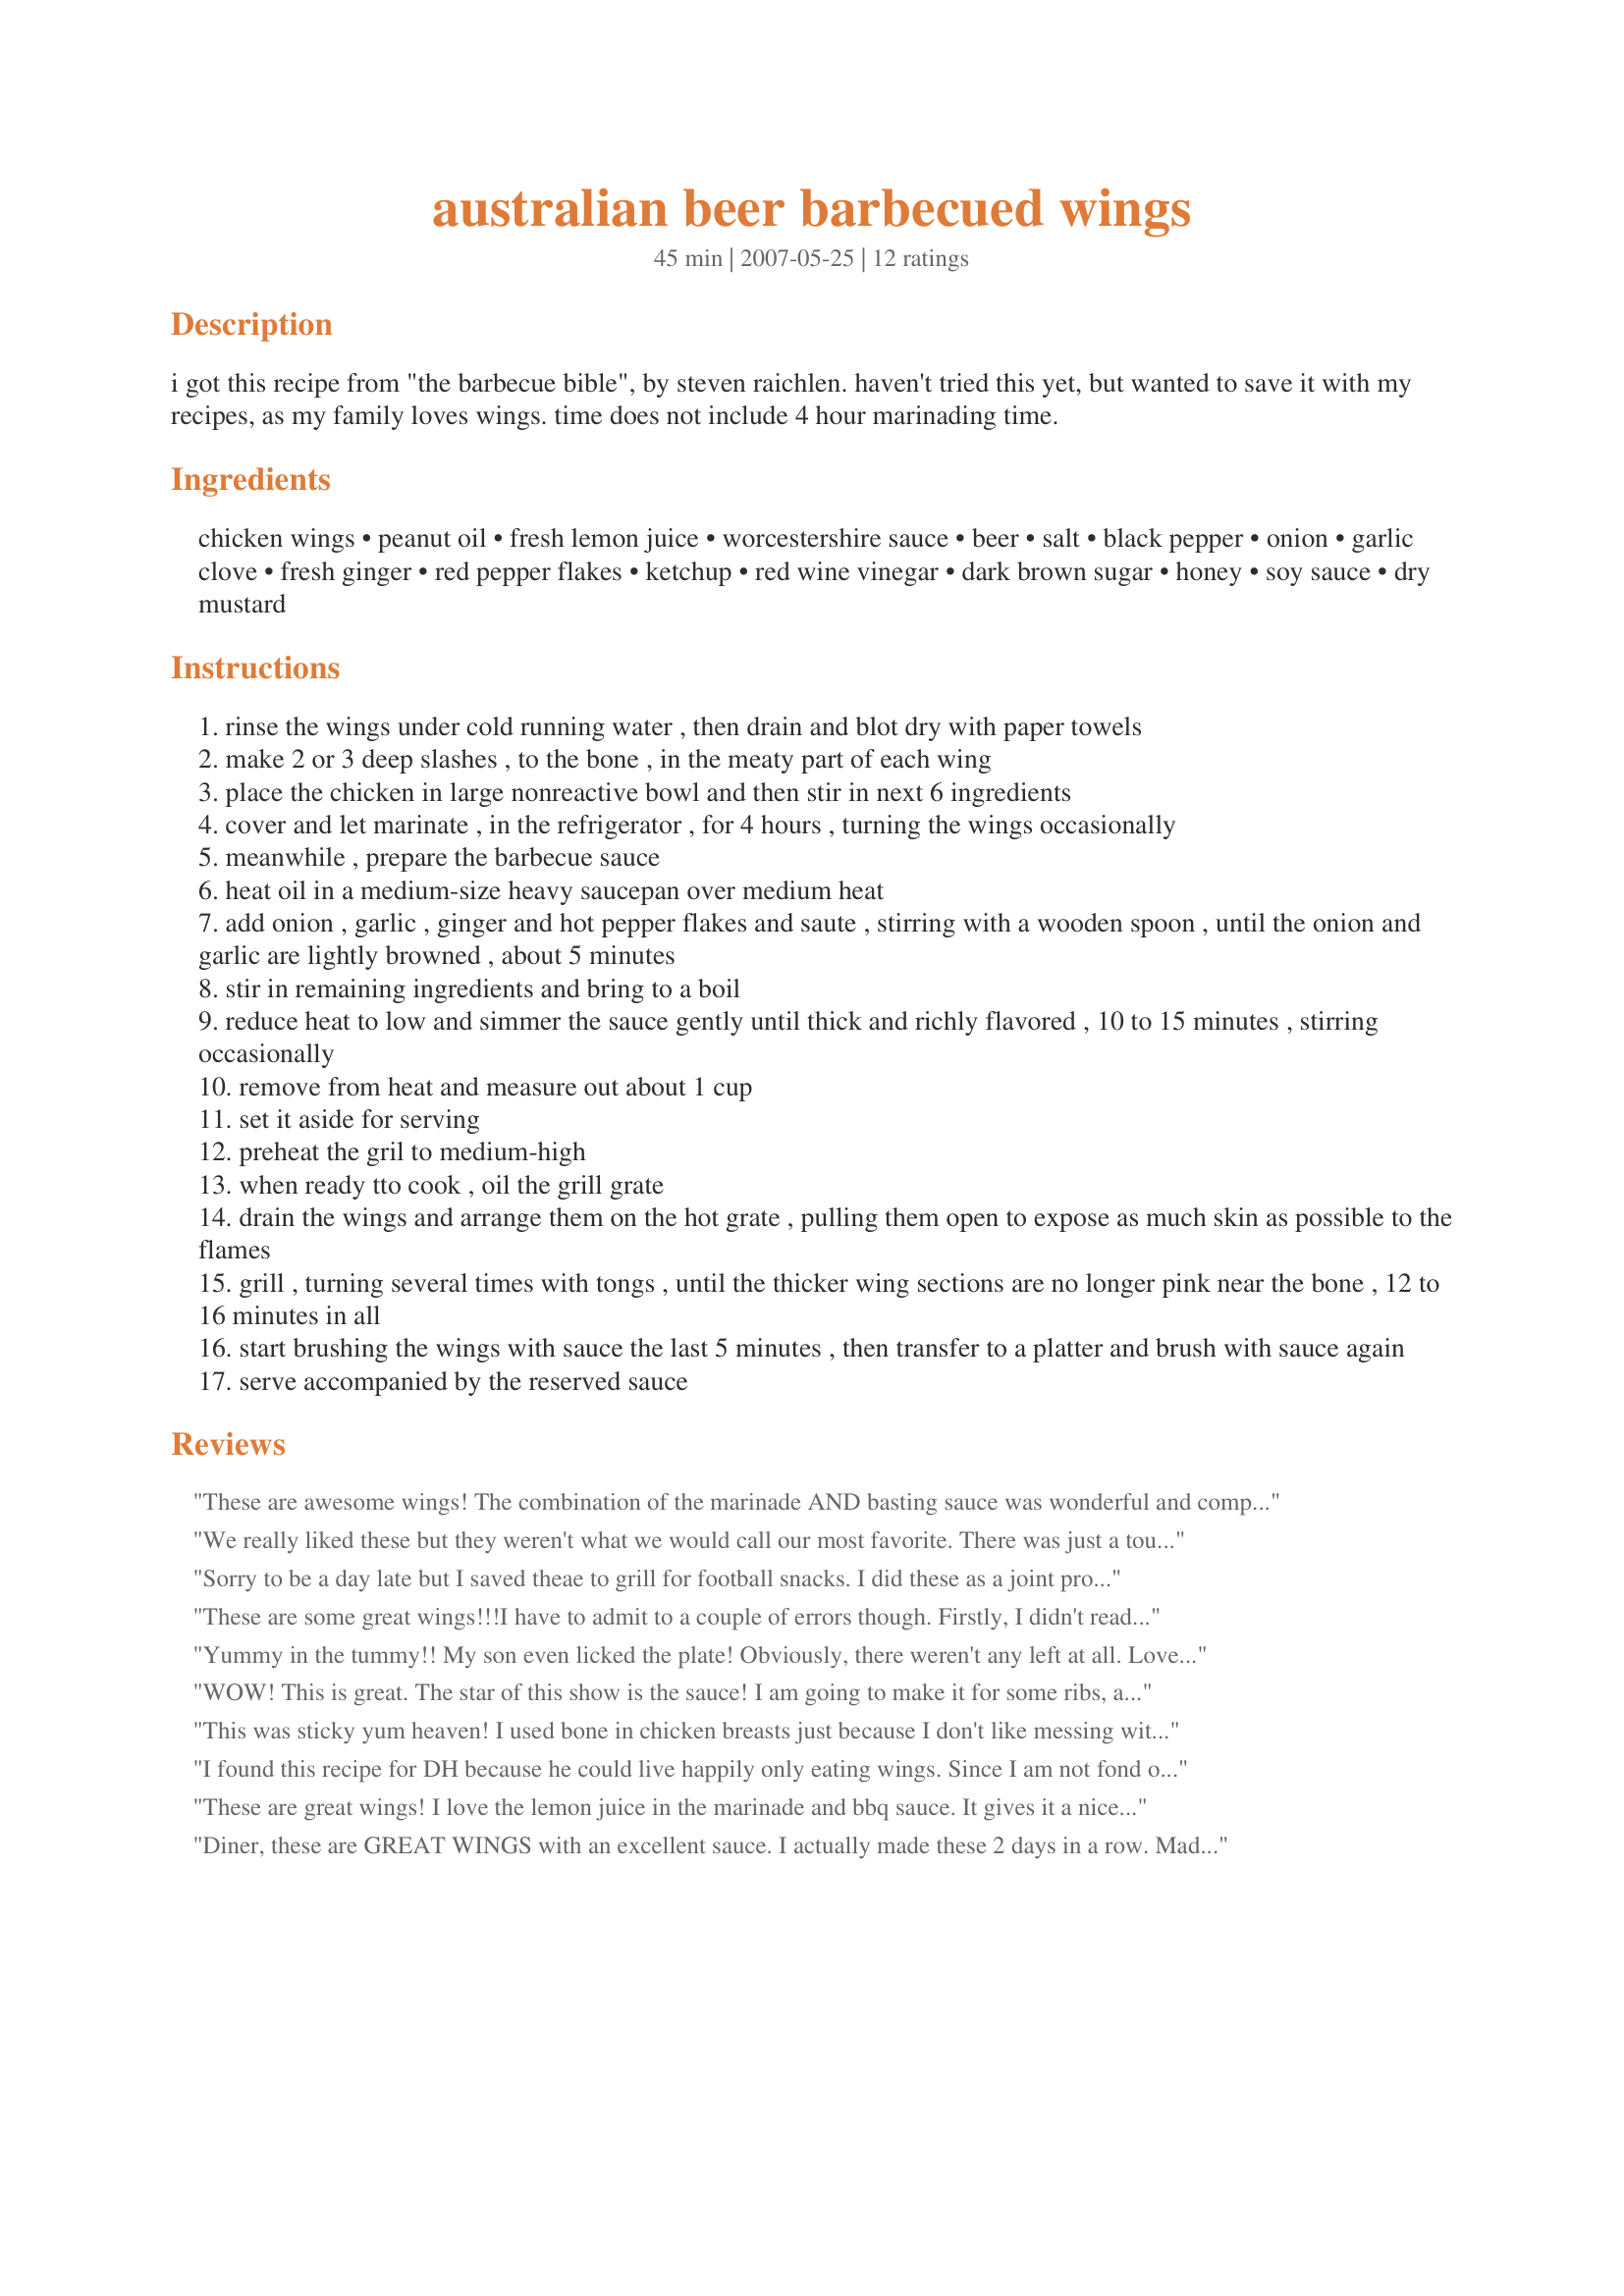
australian beer barbecued wings
Preparation time: 45 minutes

i got this recipe from "the barbecue bible", by steven raichlen. haven't tried this yet, but wanted to save it with my recipes, as my family loves wings. time does not include 4 hour marinading time.

Ingredients:
chicken wings, peanut oil, fresh lemon juice, worcestershire sauce, beer, salt, black pepper, onion, garlic clove, fresh ginger, red pepper flakes, ketchup, red wine vinegar, dark brown sugar, honey, soy sauce, dry mustard

Steps:
rinse the wings under cold running water , then drain and blot dry with paper towels
make 2 or 3 deep slashes , to the bone , in the meaty part of each wing
place the chicken in large nonreactive bowl and then stir in next 6 ingredients
cover and let marinate , in the refrigerator , for 4 hours , turning the wings occasionally
meanwhile , prepare the barbecue sauce
heat oil in a medium-size heavy saucepan over medium heat
add onion , garlic , ginger and hot pepper flakes and saute , stirring with a wooden spoon , until the onion and garlic are lightly browned , about 5 minutes
stir in remaining ingredients and bring to a boil
reduce heat to low and simmer the sauce gently until thick and richly flavored , 10 to 15 minutes , stirring occasionally
remove from heat and measure out about 1 cup
set it aside for serving
preheat the gril to medium-high
when ready tto cook , oil the grill grate
drain the wings and arrange them on the hot grate , pulling them open to expose as much skin as possible to the flames
grill , turning several times with tongs , until the thicker wing sections are no longer pink near the bone , 12 to 16 minutes in all
start brushing the wings with sauce the last 5 minutes , then transfer to a platter and brush with sauce again
serve accompanied by the reserved sauce

Reviews:
These are awesome wings! The combination of the marinade AND basting sauce was wonderful and complemented one another very well. My family gobbled these wings right down. Thank you mate! Made for ZWT8 Australia/NZ
We really liked these but they weren't what we would call our most favorite. There was just a touch of heat to them. Overall a great recipe to prepare and I'm glad I did. Thanks for posting.
Sorry to be a day late but I saved theae to grill for football snacks. I did these as a joint project with some grilled potato skins. I used precut wings with no tips since they came frozen that way. The sauce was great! So flavorful, tangy and just a touch spicy. YUM! Thank you.
These are some great wings!!!<br/>I have to admit to a couple of errors though. Firstly, I didn't read the instructions fully, and dumped all of my sauce ingredients into the pan...so I just cooked it off that way, and it came out just fine.<br/>My second error, was the fact that my half used bottle of beer ( Coopers NOT Fosters....never met an Aussie yet that drinks that stuff!!!)...got finished before I got to use it on the marinade, and as I only had Corona left in the fridge... I had to use that instead.<br/>HOWEVER...I don't think that any of these factors took anything away from this recipe at all...I cooked them on the grill, and they came out deliciously sticky, moist and full of flavour.<br/>We loved 'em!!<br/>Full marks for posting this one!!!
Yummy in the tummy!! My son even licked the plate! Obviously, there weren't any left at all. Loved how the skin was crispy because of the marinade! The sauce was absolutely WONDERFUL! I wish I'd made double the amount!
Thanks so much!
WOW! This is great. The star of this show is the sauce! I am going to make it for some ribs, and try it on thighs, also. Thanks for this keeper!!!
This was sticky yum heaven! I used bone in chicken breasts just because I don't like messing with itty bitty wings, did some adjusting on the cook time but otherwise made as posted. My cat even begged for some. Keeper!
I found this recipe for DH because he could live happily only eating wings. Since I am not fond of them he bought 3 small boneless skinless chicken breasts for me. We didnt have a lemon so he used bottled juice, the Foster's beer, doubled the garlic, and only a pinch or two of red pepper flakes. We loved this sauce on the chicken and want to try it on thick boneless pork chops. Made and reviewed for ZWT8 - 2010.
These are great wings! I love the lemon juice in the marinade and bbq sauce. It gives it a nice little tang. All the ingredients really compiment each other. I had to substitute the red wine vinegar with sherry vinegar and I think it worked fine. Oh, and I had to drink the beer. Yummy! I will make these again!!!
Diner, these are GREAT WINGS with an excellent sauce. I actually made these 2 days in a row. Made yesterday, with a sauce for Potluck tag, but today I made with your sauce. I did grill mine, even though it is Cold outside.. The sauce was GREAT, WE LOVED IT ! Made for holiday Tag.
Ohhhhh, loved these!! More stars needed!! Sticky and messy and so delicious!! Everything a barbecued wing should be! The sauce is fantastic, and I loved the fact that it included Fosters, love that beer! Made for ZWT5.
Outstanding recipe! I made this exactly as posted, using Foster's Lager, except I didn't have peanut oil, so I used macadamia nut oil instead. Both the marinade and the sauce went together pretty quickly. I marinated the wings for about 5 hours, which really allowed the seasonings to penetrate. I also would definitely make this barbecue sauce again for other uses. A big hit all around! Made for ZWT8.
